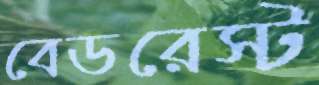
বেডরেস্ট